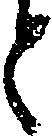
と